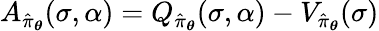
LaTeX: A_{\hat{\pi}_{\boldsymbol{\theta}}}(\sigma,\alpha)=Q_{\hat{\pi}_{\boldsymbol{\theta}}}(\sigma,\alpha)-V_{\hat{\pi}_{\boldsymbol{\theta}}}(\sigma)